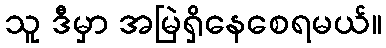
သူ ဒီမှာ အမြဲရှိနေစေရမယ်။